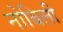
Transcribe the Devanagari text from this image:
नोबिली